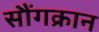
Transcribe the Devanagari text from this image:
सौंगक्रान